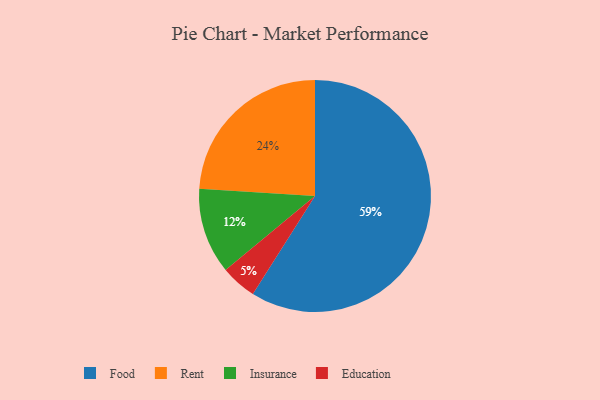
{"axis": {"x": "Category", "y": "Percentage"}, "legend": ["Education", "Food", "Insurance", "Rent"], "data": [{"x": "Insurance", "y": 12, "type": "Insurance"}, {"x": "Food", "y": 59, "type": "Food"}, {"x": "Rent", "y": 24, "type": "Rent"}, {"x": "Education", "y": 5, "type": "Education"}]}